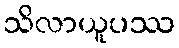
သိလာယူပဿ